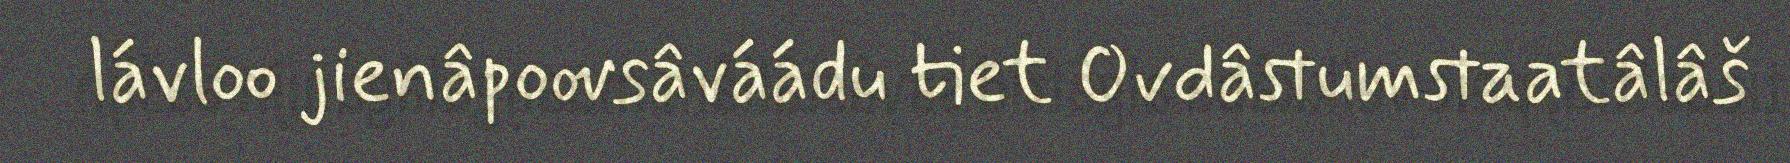
lávloo jienâpoovsâváádu tiet Ovdâstumstaatâlâš